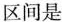
区间是